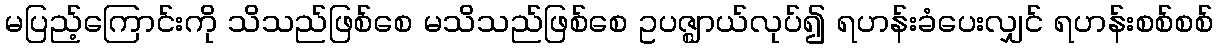
မပြည့်ကြောင်းကို သိသည်ဖြစ်စေ မသိသည်ဖြစ်စေ ဥပဇ္ဈာယ်လုပ်၍ ရဟန်းခံပေးလျှင် ရဟန်းစစ်စစ်